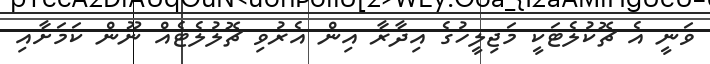
ވަނީ އެ ޗޮކުލެޓަކީ މަޖިލީހުގެ އިދާރާ އިން އެރުވި ޗޮލުލެޓެއް ނޫން ކަމަށާއި